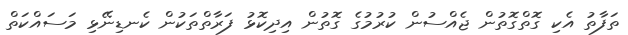
ތަފާތު އެކި ގޮތްގޮތުން ޖެއްސުން ކުރުމުގެ ގޮތުން އިދިކޮޅު ފަރާތްތަކުން ކެނޑިނޭޅި މަސައްކަތް